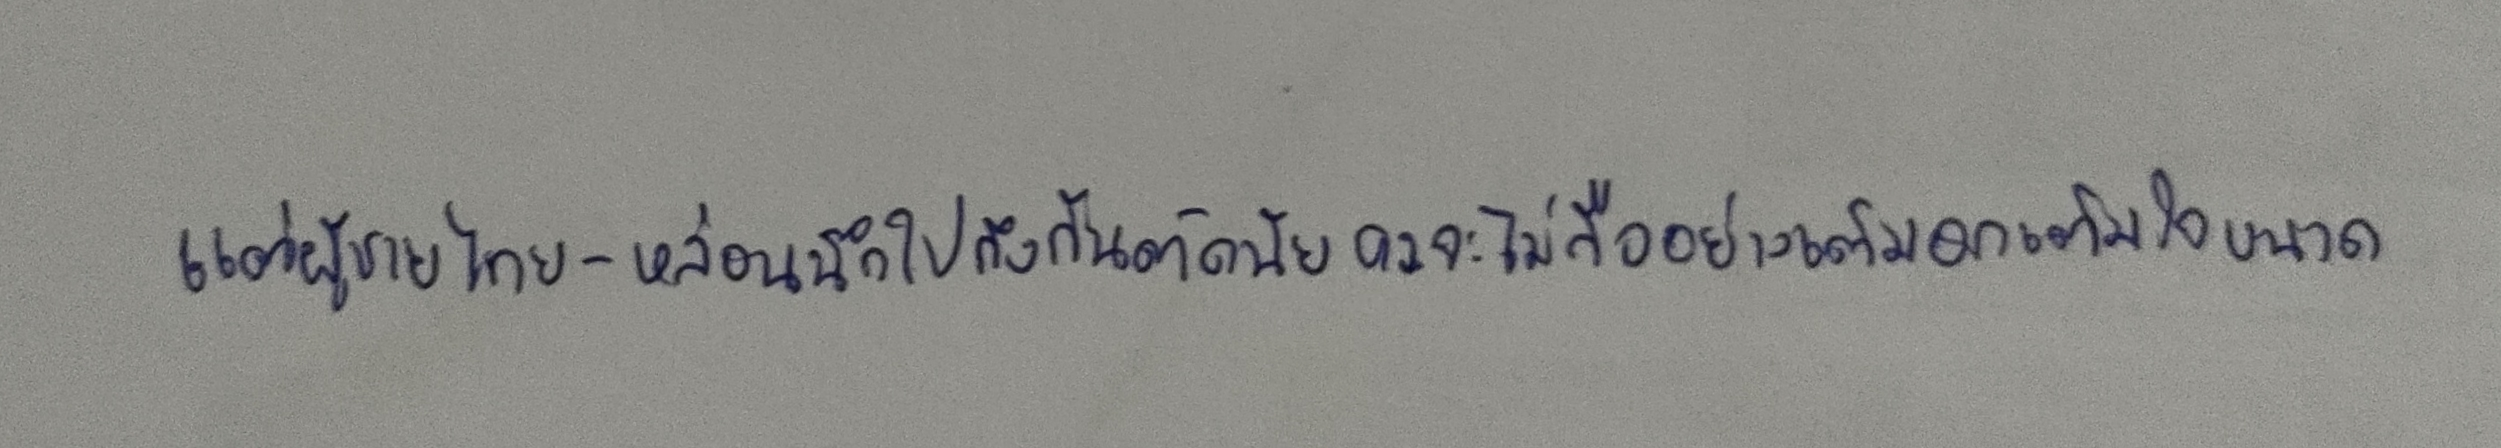
แต่ผู้ชายไทย-หล่อนนึกไปถึงกันต์ดนัยคงจะไม่ถืออย่างเต็มอกเต็มใจขนาด